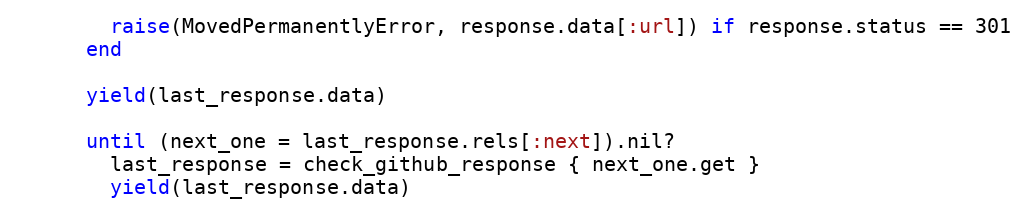
Language: Ruby
        raise(MovedPermanentlyError, response.data[:url]) if response.status == 301
      end

      yield(last_response.data)

      until (next_one = last_response.rels[:next]).nil?
        last_response = check_github_response { next_one.get }
        yield(last_response.data)